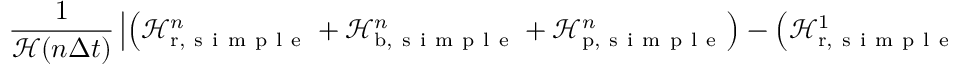
\frac { 1 } { \mathcal H ( n \Delta t ) } \left| \left( \mathcal H _ { \mathrm { r } , \mathrm { ~ s ~ i ~ m ~ p ~ l ~ e ~ } } ^ { n } + \mathcal H _ { \mathrm { b } , \mathrm { ~ s ~ i ~ m ~ p ~ l ~ e ~ } } ^ { n } + \mathcal H _ { \mathrm { p } , \mathrm { ~ s ~ i ~ m ~ p ~ l ~ e ~ } } ^ { n } \right) - \left( \mathcal H _ { \mathrm { r } , \mathrm { ~ s ~ i ~ m ~ p ~ l ~ e ~ } } ^ { 1 } + \mathcal H _ { \mathrm { b } , \mathrm { ~ s ~ i ~ m ~ p ~ l ~ e ~ } } ^ { 1 } + \mathcal H _ { \mathrm { p } , \mathrm { ~ s ~ i ~ m ~ p ~ l ~ e ~ } } ^ { 1 } \right) \right| \, , \quad n = 1 , 1 1 , 2 1 , \hdots \, ,